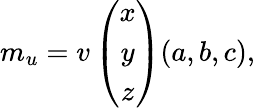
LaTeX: m_{u}=v\left(\begin{array}{c}{{x}}\\ {{y}}\\ {{z}}\end{array}\right)(a,b,c),